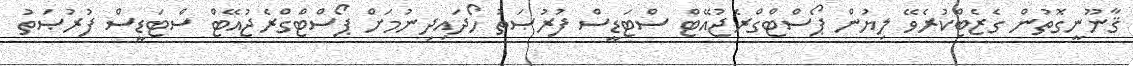
ޤާނޫނީގޮތުން ގެޒެޓްކުރެވޭ ލިޔުން ޕޯސްޓްގްރެޖުއޭޓް ސްޓަޑީސް ފުރުޞަތު ހޯދައިދިނުމަށް ޕޯސްޓްގްރެޖުއޭޓް ސްޓަޑީސް ފުރުޞަތު